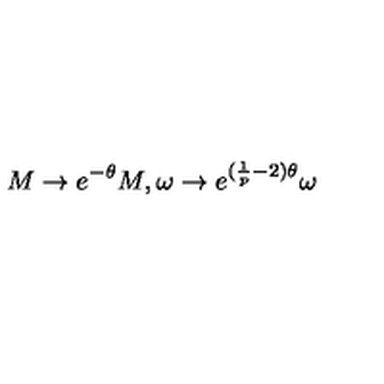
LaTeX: M \rightarrow e ^ { - \theta } M , \omega \rightarrow e ^ { ( \frac { 1 } { p } - 2 ) \theta } \omega